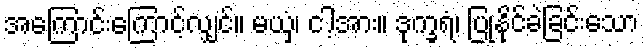
အကြောင်းကြောင့်လျှင်။ မယှံ၊ ငါ့အား။ ဒုက္ခရံ၊ ပြုနိုင်ခဲခြင်းသော